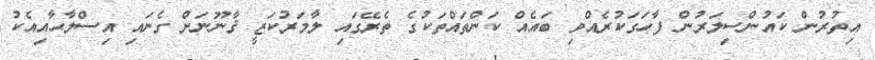
އިތުރުން ކައުންސިލަރުން ފާހަގަކުރެއްވި ބައެއް ކަންތައްތަކުގެ ތެރޭގައި ލާމަރުކަޒީ ޤާނޫނަށް ގެނައި އިސްލާޙާއިއެކު